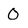
Character: 0